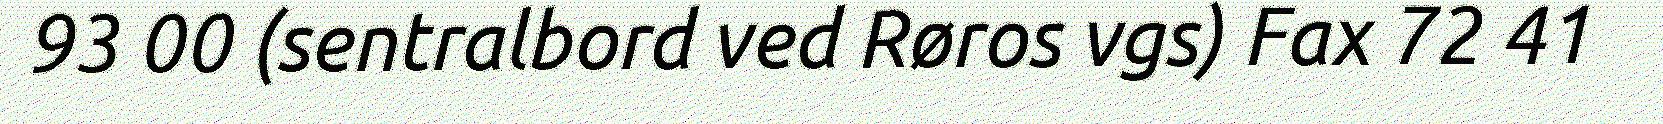
93 00 (sentralbord ved Røros vgs) Fax 72 41